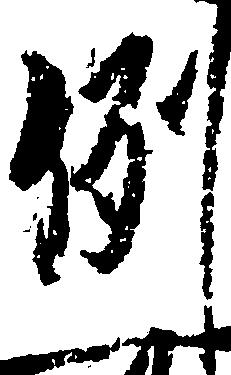
例